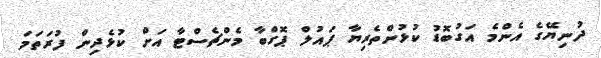
ދުނިޔޭގެ އެންމެ އަގުބޮޑު ކުޅުންތެރިޔާ ޕައުލް ޕޮގްބާ މެންޗެސްޓާ އަށް ކުޅެދިން ފުރަތަމަ